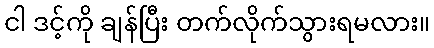
ငါ ဒင့်ကို ချန်ပြီး တက်လိုက်သွားရမလား။